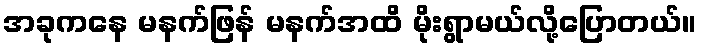
အခုကနေ မနက်ဖြန် မနက်အထိ မိုးရွာမယ်လို့ပြောတယ်။